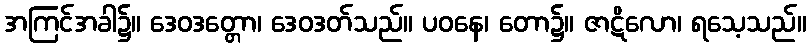
အကြင်အခါ၌။ ဒေဝဒတ္တော၊ ဒေဝဒတ်သည်။ ပဝနေ၊ တော၌။ ဇာဋိလော၊ ရသေ့သည်။